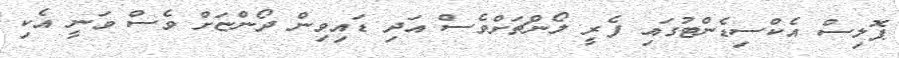
ޕޮލިސް އެކްސިޑެންޓުގައި ފެރީ ލޯންޗަށްވެސް އަދި ޑައިވިން ދޯންޏަށް ވެސް ވަނީ އެކި